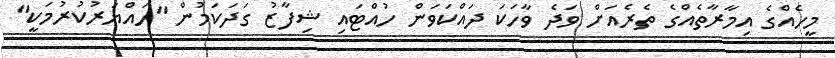
މީހެއްގެ އިމާރާތެއްގެ ތެރެއަށް ވަދެ ވާހަކަ ދައްކަވަން ހުއްޓައި ޝިފާޒު ގަދަކަމުން "ހައްޔަރުކުރުމަކީ"